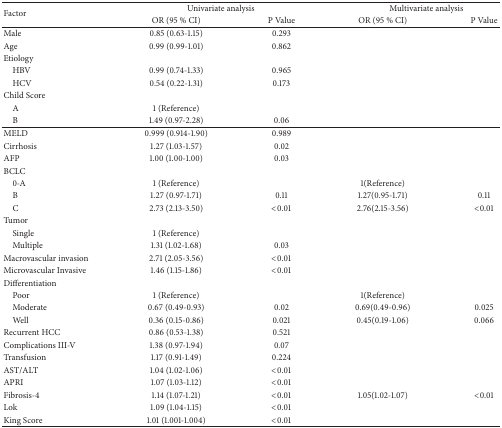
<table><thead><tr><td rowspan="2"><b>Factor</b></td><td colspan="2"><b>Univariate analysis</b></td><td colspan="2"><b>Multivariate analysis</b></td></tr><tr><td><b>OR (95 % CI)</b></td><td><b>P Value</b></td><td><b>OR (95 % CI)</b></td><td><b>P Value</b></td></tr></thead><tbody><tr><td>Male</td><td>0.85 (0.63-1.15)</td><td>0.293</td><td> </td><td> </td></tr><tr><td>Age</td><td>0.99 (0.99-1.01)</td><td>0.862</td><td> </td><td> </td></tr><tr><td>Etiology</td><td> </td><td> </td><td> </td><td> </td></tr><tr><td> HBV</td><td>0.99 (0.74-1.33)</td><td>0.965</td><td> </td><td> </td></tr><tr><td> HCV</td><td>0.54 (0.22-1.31)</td><td>0.173</td><td> </td><td> </td></tr><tr><td>Child Score</td><td> </td><td> </td><td> </td><td> </td></tr><tr><td> A</td><td>1 (Reference)</td><td> </td><td> </td><td> </td></tr><tr><td> B</td><td>1.49 (0.97-2.28)</td><td>0.06</td><td> </td><td> </td></tr><tr><td>MELD</td><td>0.999 (0.914-1.90)</td><td>0.989</td><td> </td><td> </td></tr><tr><td>Cirrhosis</td><td>1.27 (1.03-1.57)</td><td>0.02</td><td> </td><td> </td></tr><tr><td>AFP</td><td>1.00 (1.00-1.00)</td><td>0.03</td><td> </td><td> </td></tr><tr><td>BCLC</td><td> </td><td> </td><td> </td><td> </td></tr><tr><td> 0-A</td><td>1 (Reference)</td><td> </td><td>1(Reference)</td><td> </td></tr><tr><td>B</td><td>1.27 (0.97-1.71)</td><td>0.11</td><td>1.27(0.95-1.71)</td><td>0.11</td></tr><tr><td>C</td><td>2.73 (2.13-3.50)</td><td>&lt;0.01</td><td>2.76(2.15-3.56)</td><td>&lt;0.01</td></tr><tr><td>Tumor</td><td> </td><td> </td><td> </td><td> </td></tr><tr><td>Single</td><td>1 (Reference)</td><td> </td><td> </td><td> </td></tr><tr><td>Multiple</td><td>1.31 (1.02-1.68)</td><td>0.03</td><td> </td><td> </td></tr><tr><td>Macrovascular invasion</td><td>2.71 (2.05-3.56)</td><td>&lt;0.01</td><td> </td><td> </td></tr><tr><td>Microvascular Invasive</td><td>1.46 (1.15-1.86)</td><td>&lt;0.01</td><td> </td><td> </td></tr><tr><td>Differentiation</td><td> </td><td> </td><td> </td><td> </td></tr><tr><td> Poor</td><td>1 (Reference)</td><td> </td><td>1(Reference)</td><td> </td></tr><tr><td> Moderate</td><td>0.67 (0.49-0.93)</td><td>0.02</td><td>0.69(0.49-0.96)</td><td>0.025</td></tr><tr><td> Well</td><td>0.36 (0.15-0.86)</td><td>0.021</td><td>0.45(0.19-1.06)</td><td>0.066</td></tr><tr><td>Recurrent HCC</td><td>0.86 (0.53-1.38)</td><td>0.521</td><td> </td><td> </td></tr><tr><td>Complications III-V</td><td>1.38 (0.97-1.94)</td><td>0.07</td><td> </td><td> </td></tr><tr><td>Transfusion</td><td>1.17 (0.91-1.49)</td><td>0.224</td><td> </td><td> </td></tr><tr><td>AST/ALT</td><td>1.04 (1.02-1.06)</td><td>&lt;0.01</td><td> </td><td> </td></tr><tr><td>APRI</td><td>1.07 (1.03-1.12)</td><td>&lt;0.01</td><td> </td><td> </td></tr><tr><td>Fibrosis-4</td><td>1.14 (1.07-1.21)</td><td>&lt;0.01</td><td>1.05(1.02-1.07)</td><td>&lt;0.01</td></tr><tr><td>Lok</td><td>1.09 (1.04-1.15)</td><td>&lt;0.01</td><td> </td><td> </td></tr><tr><td>King Score</td><td>1.01 (1.001-1.004)</td><td>&lt;0.01</td><td> </td><td> </td></tr></tbody></table>